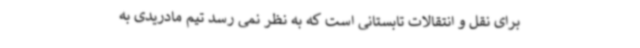
برای نقل و انتقالات تابستانی است که به نظر نمی رسد تیم مادریدی به